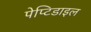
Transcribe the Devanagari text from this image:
पेप्टिडाइल